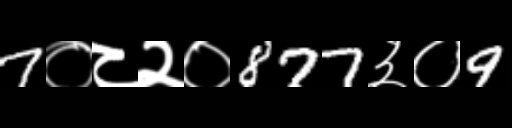
Text: 7०८२०877३०9